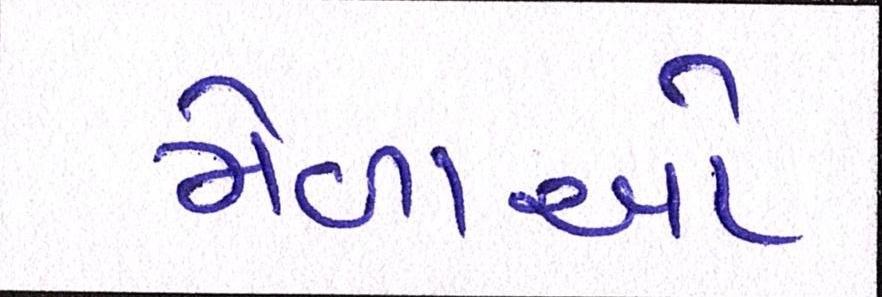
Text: મેળાઓ